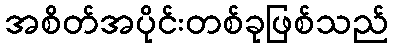
အစိတ်အပိုင်းတစ်ခုဖြစ်သည်